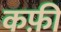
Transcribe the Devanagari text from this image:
कफ़ी